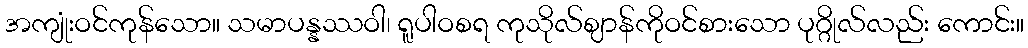
အကျုံးဝင်ကုန်သော။ သမာပန္နဿဝါ၊ ရူပါဝစရ ကုသိုလ်ဈာန်ကိုဝင်စားသော ပုဂ္ဂိုလ်လည်း ကောင်း။